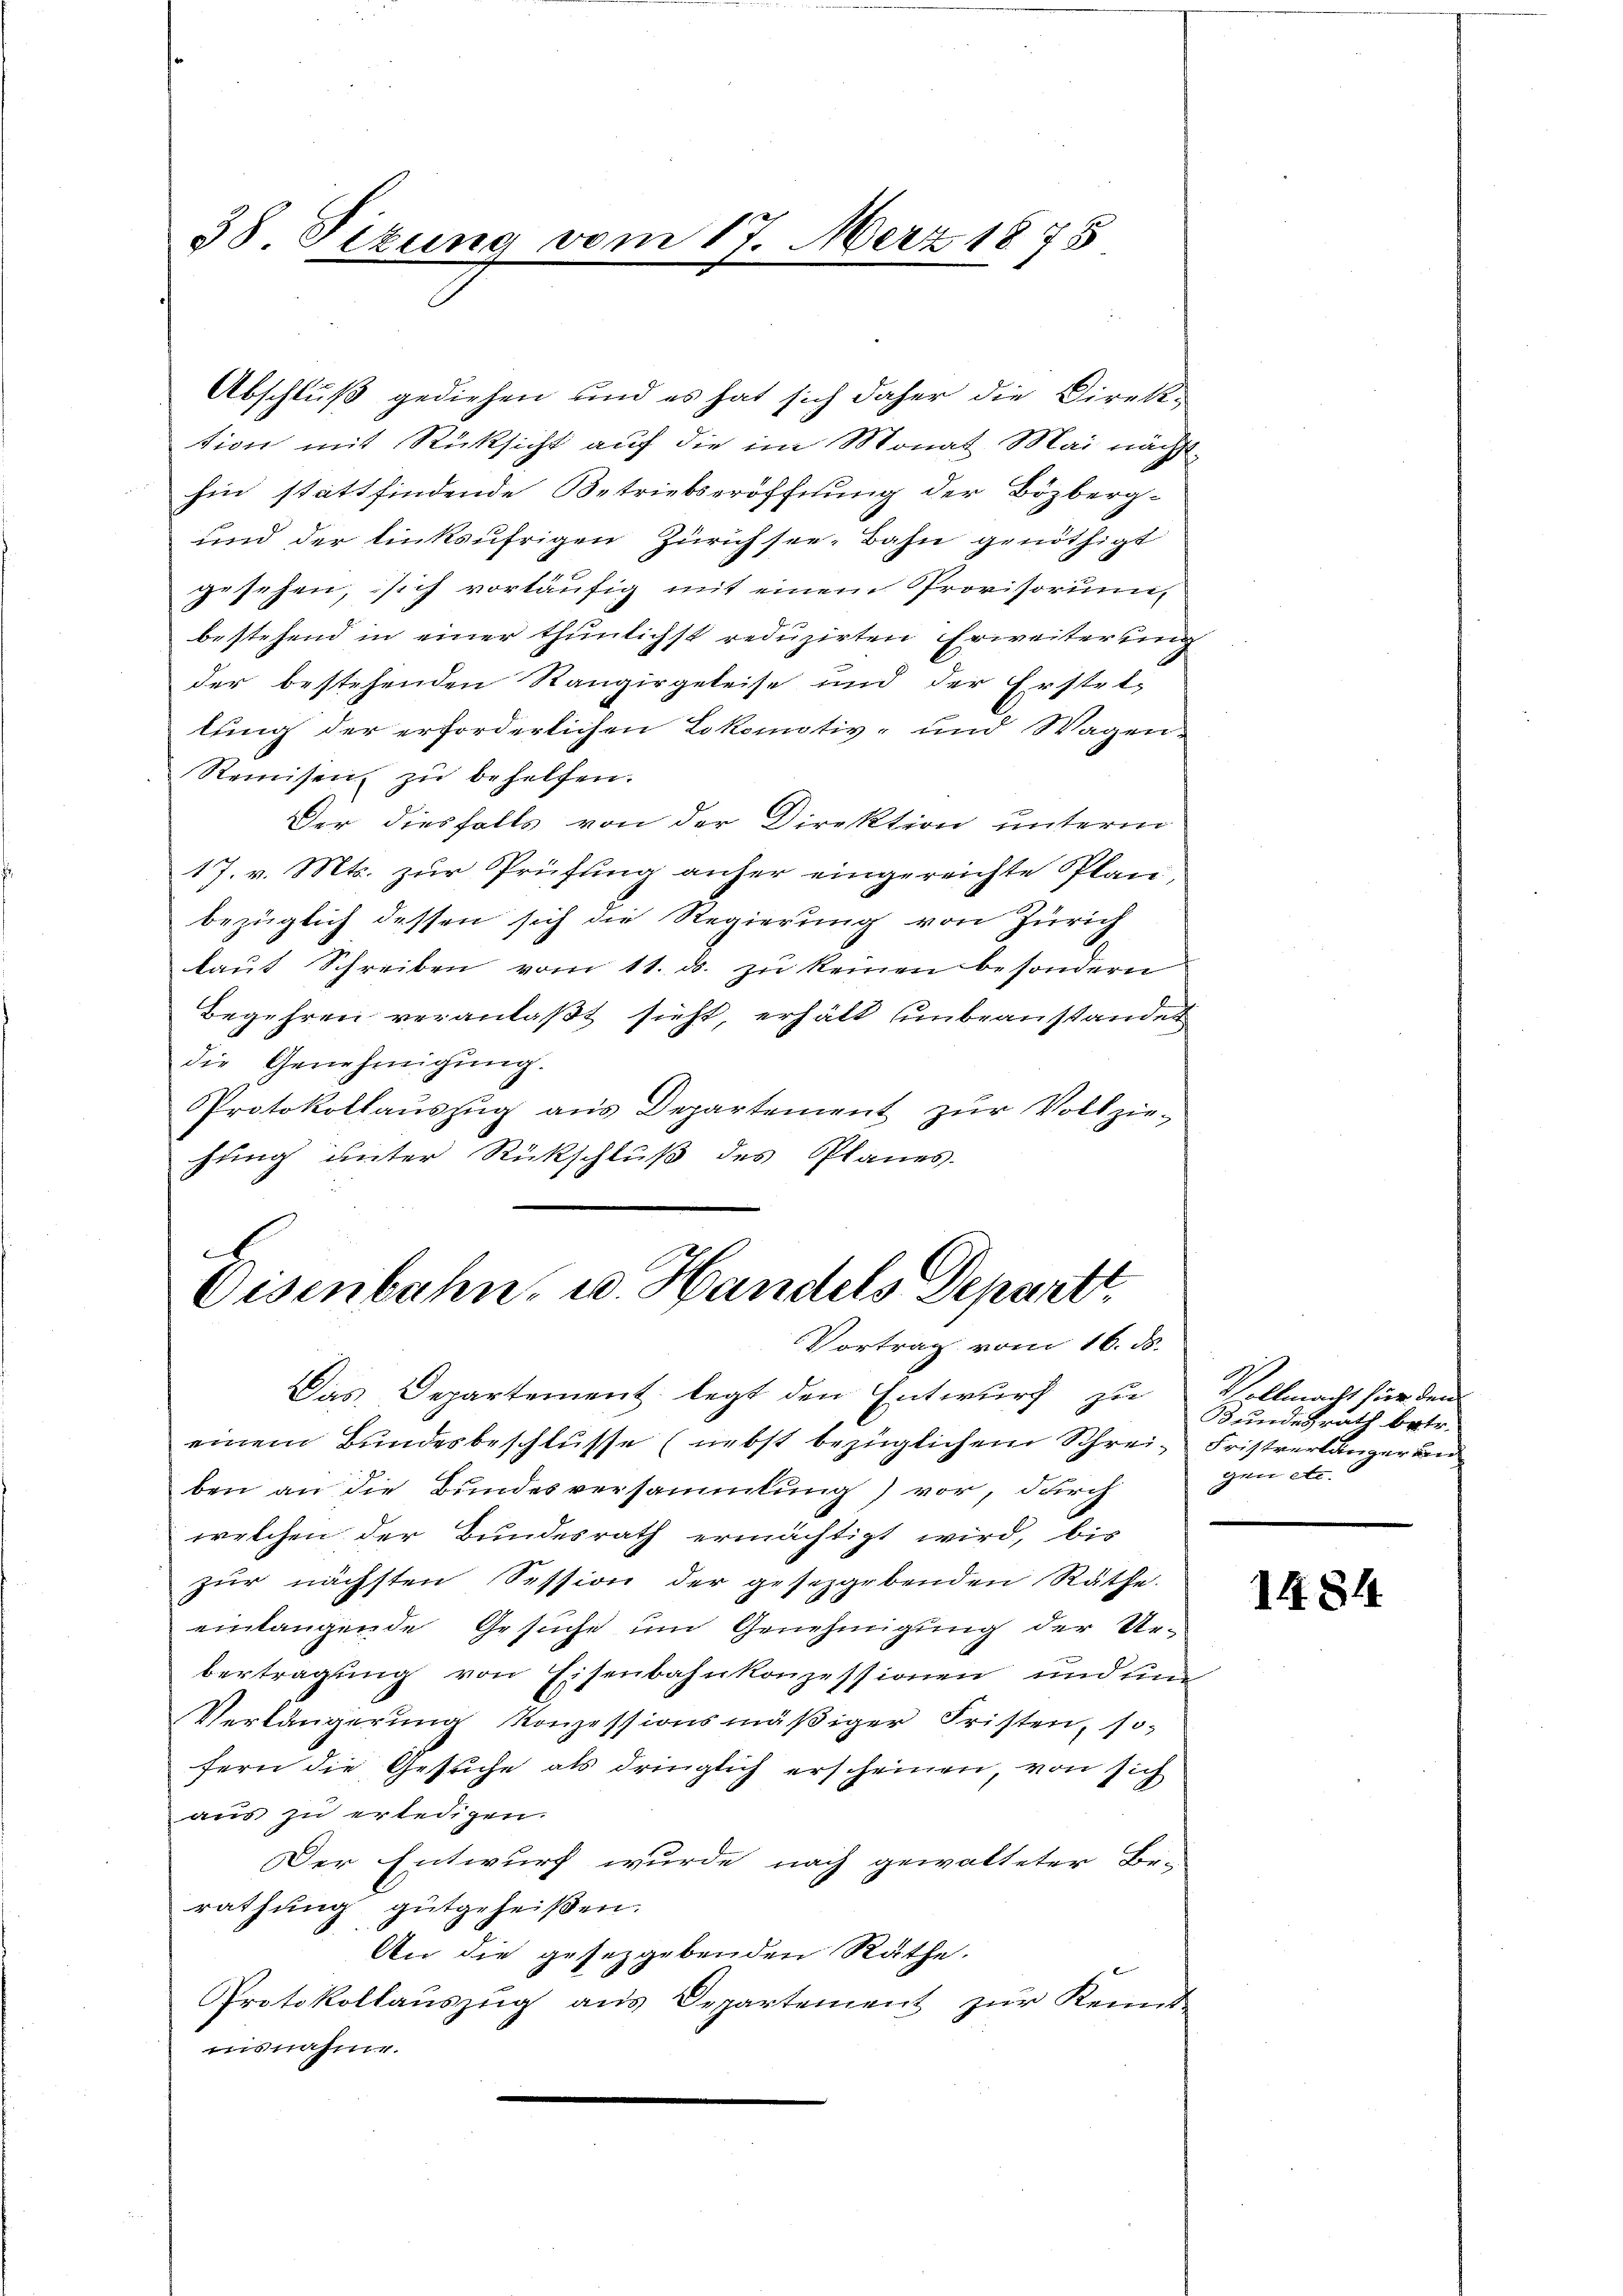
38. Sizung vom 17. März 1875

Abschluß gediehen und es hat sich daher die Direktion mit Rücksicht auf die im Monat Mai nächsthin stattfindende Betriebseröffnung der Bözberg-
und der linksufrigen Zürichsee, Bahn genöthigt
gesehen, sich vortäufig mit einem Provisorum
bestehend in einer thunlichst reduzirten Erweiterung
der bestehenden Rangirgeleise und der Erstel-
lung der erforderlichen Lokomotiv- und Wagen¬
Reinisen zŭ behelfen.
Der diesfalls von der Direktion unterm
17. v. Mts. zur Prüfung anher eingereichte Plan,
bezüglich dessen sich die Regierung von Zürich
laŭt Schreiben vom 11. ds. zŭ keinen besondern
Begehren veranlaßt sieht, erhält unbeanstandet
die Genehmigŭng.
Protokollaŭszŭg aŭs Departement zŭr Vollzie-
chung unter Rückschluß des Planes.
.

Eisenbahn, u. Handels Departt
Vortrag vom 16. ds.

Das Departement legt den Entwurf zu
einem Bundesbeschlusse (nebst bezüglichem Schrei- Fristverlänger un
ben an die Bundesversammlung) vor, durch
welchen der Bundesrath ermächtigt wird, bis
zur nächsten Session der gesezgebenden Räthe.
einlangende Gesuche um Genehmigung der Ur-
bertragung von Eisenbahnkonzessionen und eine
Verlängerung konzessionsmäβiger Fristen, so
fern die Gesuche als dringlich erscheinen, von sich
aus zu erledigen.
Der Entwurf wurde nach gewalteter Be-
rathung gutgeheißen.
An die gesetzgebenden Räthe.
Protokollaŭszŭg aŭs Departement zŭr Kennt
unsnahme.

Vollmacht für dem
Bundesrath betr.
gen etc.

1484